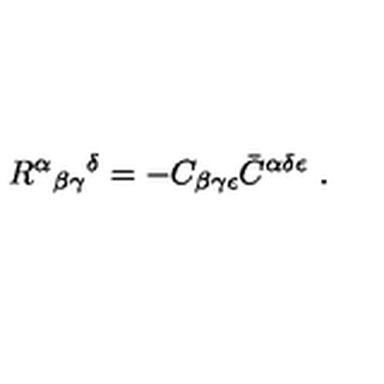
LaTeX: R ^ { \alpha } { } _ { \beta \gamma } { } ^ { \delta } = - C _ { \beta \gamma \epsilon } \bar { C } ^ { \alpha \delta \epsilon } \ .